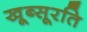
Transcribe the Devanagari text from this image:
खूब्सूरति